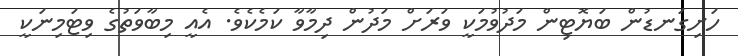
ހަށިގަނޑުން ބަޔޮޓިން މަދުވުމަކީ ވަރަށް މަދުން ދިމާވާ ކަމެކެވެ. އެއީ މިބާވަތުގެ ވިޓަމިނަކީ